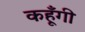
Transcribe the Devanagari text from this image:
कहूँगी